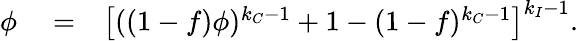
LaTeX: \begin{array}{rlr}{\phi}&{{}=}&{\left[((1-f)\phi)^{k_{C}-1}+1-(1-f)^{k_{C}-1}\right]^{k_{I}-1}.}\end{array}